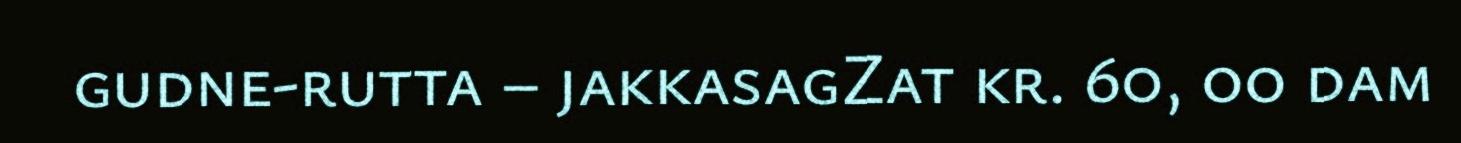
gudne-rutta – jakkasagZat kr. 60, oo dam